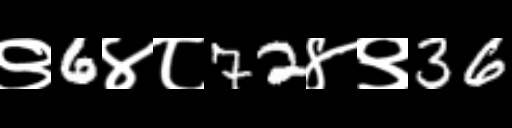
Text: ९6४८72४९36